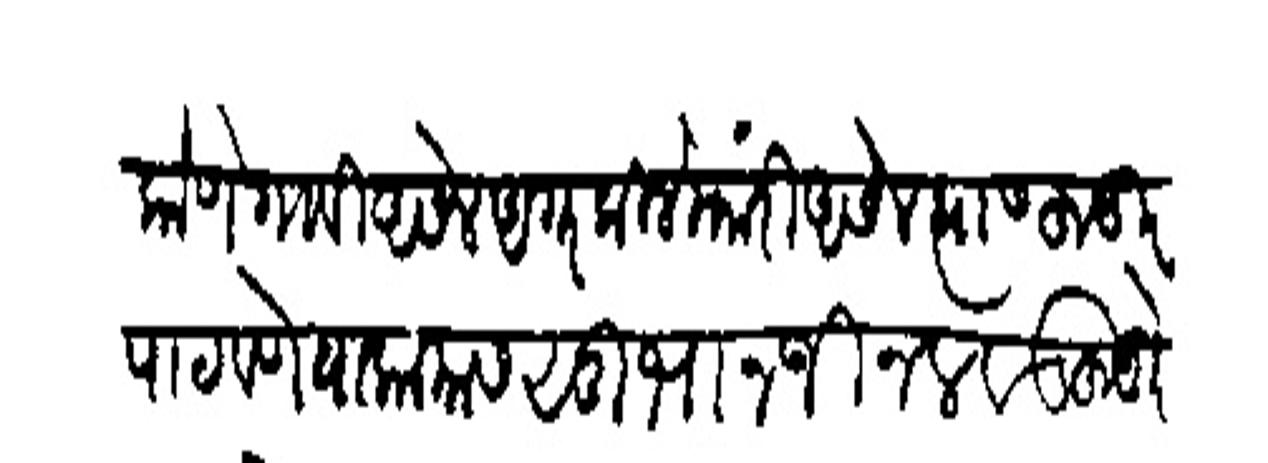
Transliteration (Devanagari): कोणे गावी असेल अगर किले मारी असेल त्यास हुजूर
पाठवणे या कामास सुभानजी नलवड हुजुरे